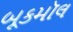
બૂકમૉલ